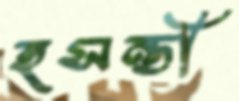
হসন্তী